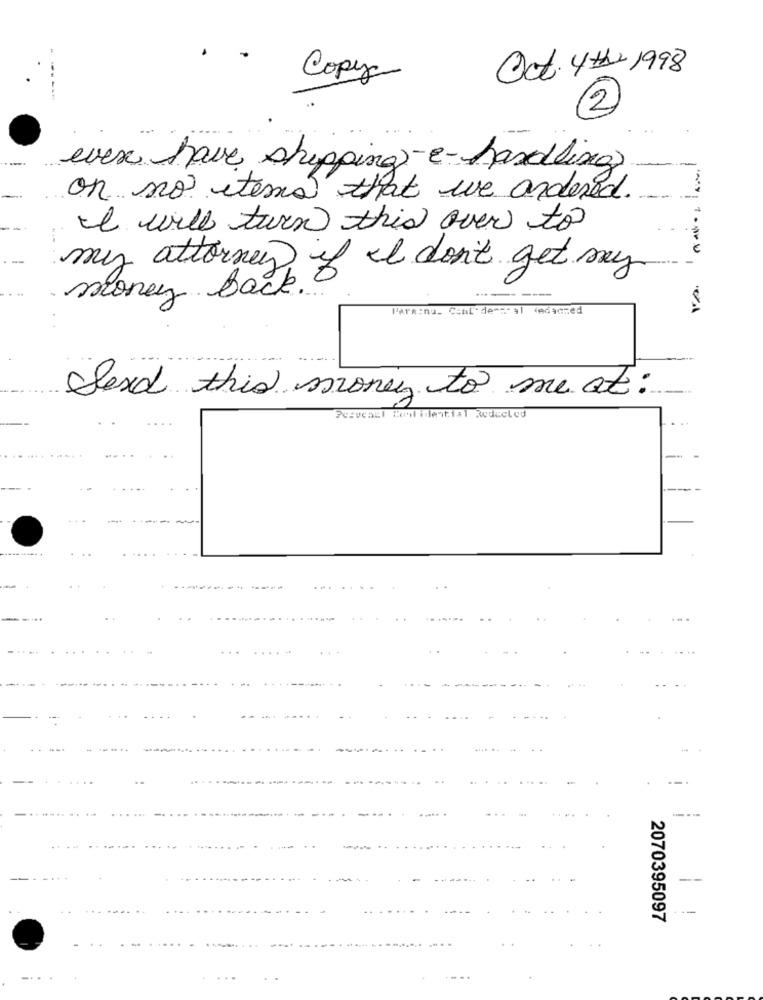
Oct 4th: 1998
Copy
2
ever have shipping -- handling
on no items that we andered.
I will turn this over to
my attorney if I don't get my
money back.
Parkenu. ConL'demstal dedsczed
Send this money to me at:
?czycall Cool idential Reducled
--------
---
2070395097